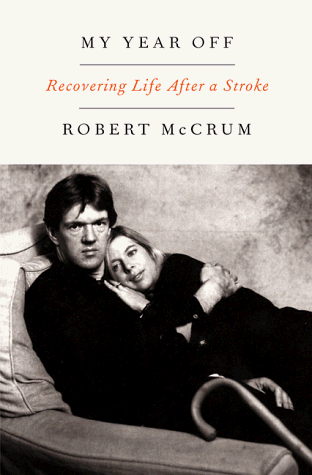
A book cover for My Year Off: Recovering Life After a Stroke; Robert McCrum; Health, Fitness & Dieting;